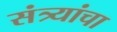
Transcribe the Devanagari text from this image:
संत्र्यांचा